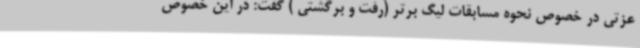
عزتی در خصوص نحوه مسابقات لیگ برتر (رفت و برگشتی ) گفت: در این خصوص